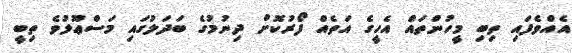
އެއްވެފައި ތިބި މީހުންތައް އެހީގެ އަތެއް ފޯރުކޮށް ދިނުމުގެ ބަދަލުގައި މަސްޢޫލުވެ ތިބީ